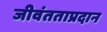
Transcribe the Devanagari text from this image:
जीवंतताप्रदान